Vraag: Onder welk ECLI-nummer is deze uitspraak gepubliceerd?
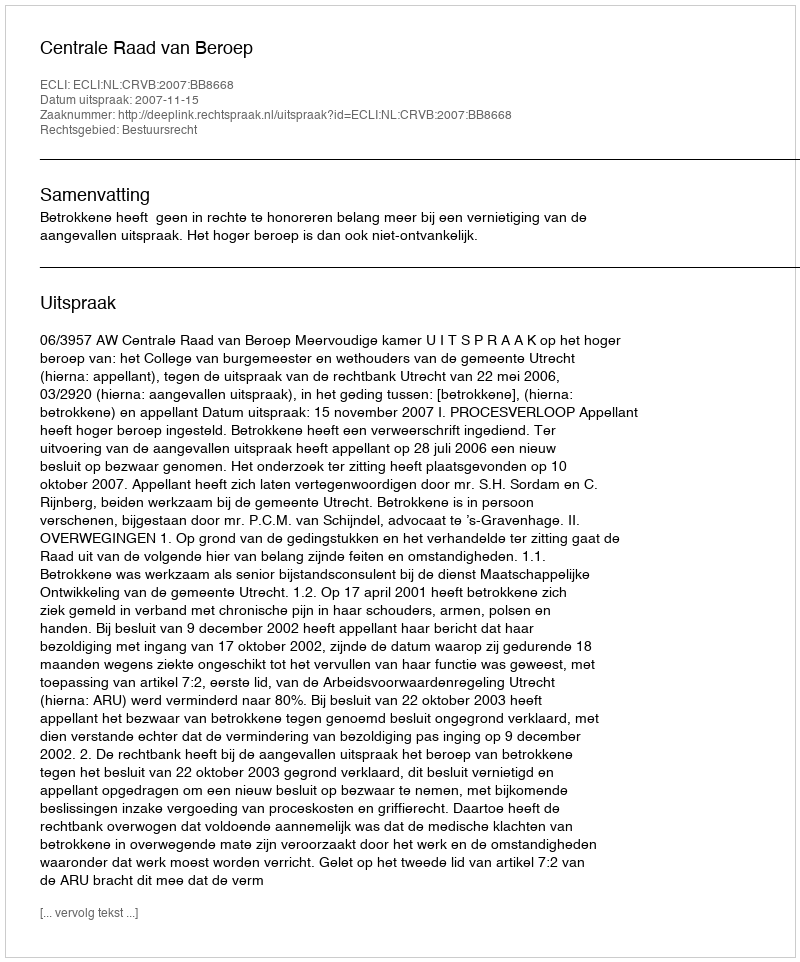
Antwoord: ECLI:NL:CRVB:2007:BB8668